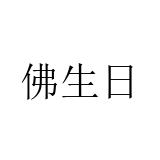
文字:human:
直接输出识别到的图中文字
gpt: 佛生日